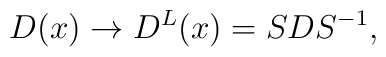
D(x)\rightarrow D^L(x)=SDS^{-1} ,